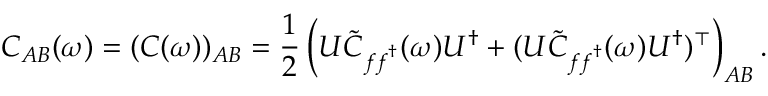
C _ { A B } ( \omega ) = ( C ( \omega ) ) _ { A B } = \frac { 1 } { 2 } \left( U \tilde { C } _ { \boldsymbol { f } \boldsymbol { f } ^ { \dagger } } ( \omega ) U ^ { \dagger } + ( U \tilde { C } _ { \boldsymbol { f } \boldsymbol { f } ^ { \dagger } } ( \omega ) U ^ { \dagger } ) ^ { \top } \right) _ { A B } .